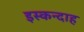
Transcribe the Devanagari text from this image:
इस्कन्दाह